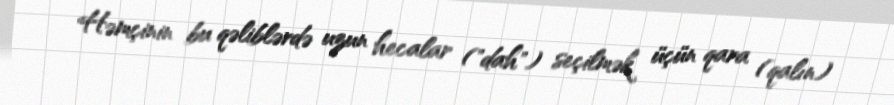
Həmçinin bu qəliblərdə uzun hecalar ("dah") seçilmək üçün qara (qalın)